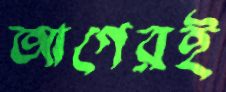
আগেরই